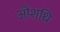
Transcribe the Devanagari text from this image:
औशधि